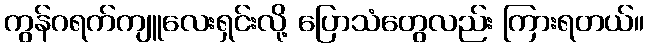
ကွန်ဂရက်ကျူလေးရှင်းလို့ ပြောသံတွေလည်း ကြားရတယ်။